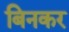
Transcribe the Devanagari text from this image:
बिनकर